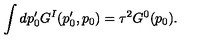
\qquad \int d p _ { 0 } ^ { \prime } G ^ { I } ( p _ { 0 } ^ { \prime } , p _ { 0 } ) = \tau ^ { 2 } G ^ { 0 } ( p _ { 0 } ) .